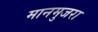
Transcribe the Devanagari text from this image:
मानमुजरा